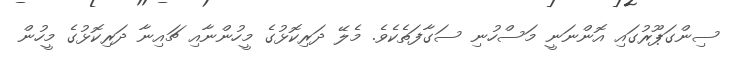
ސިންގަޕޫރުގައި އޮންނަނީ މަސްހުނި ސަގާފަތެކެވެ. މެލޭ ދަރިކޮޅުގެ މީހުންނާއި ޗައިނާ ދަރިކޮޅުގެ މީހުން